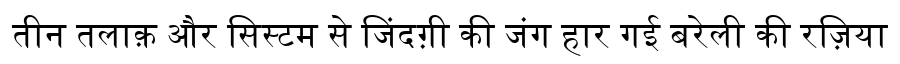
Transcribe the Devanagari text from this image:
तीन तलाक़ और सिस्टम से जिंदग़ी की जंग हार गई बरेली की रज़िया